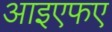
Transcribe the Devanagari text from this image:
आइएफए